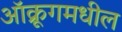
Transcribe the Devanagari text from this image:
ऑक्रूगमधील